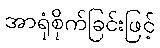
အာရုံစိုက်ခြင်းဖြင့်